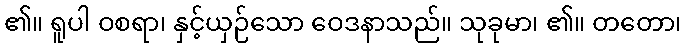
၏။ ရူပါ ဝစရာ၊ နှင့်ယှဉ်သော ဝေဒနာသည်။ သုခုမာ၊ ၏။ တတော၊